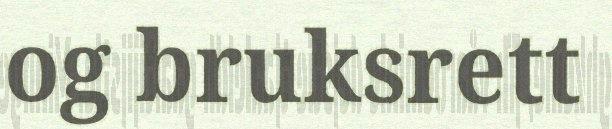
og bruksrett